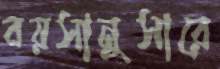
বয়সানুসারে